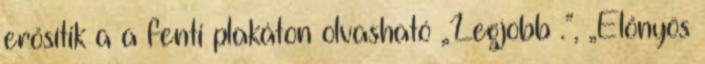
erősítik a a fenti plakáton olvasható „Legjobb .”, „Előnyös